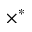
\times ^ { \ast }